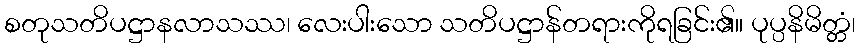
စတုသတိပဋ္ဌာနလာသဿ၊ လေးပါးသော သတိပဋ္ဌာန်တရားကိုရခြင်း၏။ ပုပ္ပနိမိတ္တံ၊